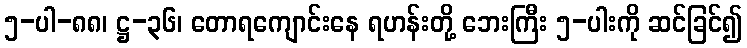
၅-ပါ-၈၈၊ ဋ္ဌ-၃၆၊ တောရကျောင်းနေ ရဟန်းတို့ ဘေးကြီး ၅-ပါးကို ဆင်ခြင်၍